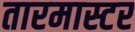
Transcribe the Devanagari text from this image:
तारमास्टर